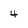
Character: 4